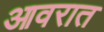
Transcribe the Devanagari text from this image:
आवरात